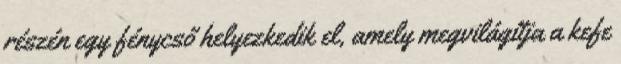
részén egy fénycső helyezkedik el, amely megvilágítja a kefe